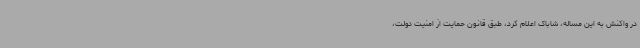
در واکنش به این مساله، شاباک اعلام کرد، طبق قانون حمایت از امنیت دولت،